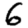
Digit: 6